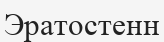
Эратостенн